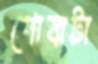
পোষাটা